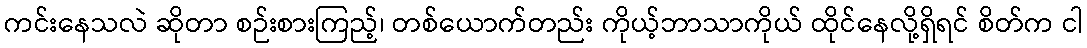
ကင်းနေသလဲ ဆိုတာ စဉ်းစားကြည့်၊ တစ်ယောက်တည်း ကိုယ့်ဘာသာကိုယ် ထိုင်နေလို့ရှိရင် စိတ်က ငါ